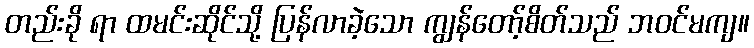
တည်းခို ရာ ထမင်းဆိုင်သို့ ပြန်လာခဲ့သော ကျွန်တော့်စိတ်သည် ဘဝင်မကျ။